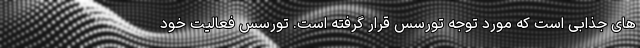
های جذابی است که مورد توجه تورسس قرار گرفته است. تورسس فعالیت خود